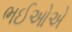
ભઈઓએ